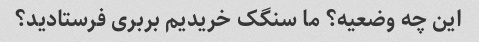
این چه وضعیه؟ ما سنگک خریدیم بربری فرستادید؟